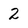
Character: 2